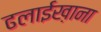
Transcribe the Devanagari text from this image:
ढलाईख़ाना